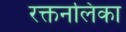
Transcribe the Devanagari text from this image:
रक्तनलिका